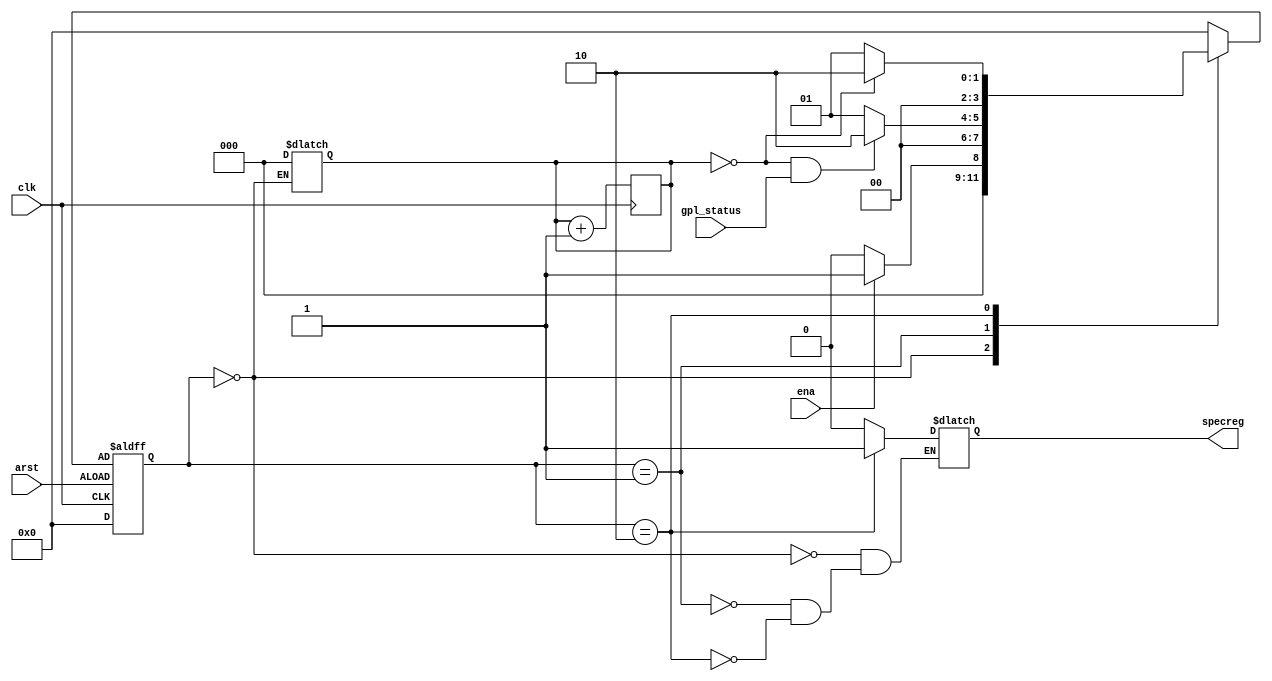
/////////////////////////////////////////////////////////////////
// Name File          : fsm_gpl_status.v                       //
// Autor              : Maksim                                 //
// Company            :                                        //
// Description        : FSM for test_fx3 project               //
// Start design       : 23.08.19                               //
// Last revision      : 23.08.19                               //
/////////////////////////////////////////////////////////////////
    
`timescale 1ns / 100 ps

module fsm_gpl_status (                        
  input wire clk,                                                           // clock 40 MHz      
  input wire arst,                                                          // asynchronous reset
  input wire ena,                                                           // enable signal
  input wire gpl_status,                                                    // input GPL status signal

  output reg specreg                                                        // special register for check connection cable ("1"-pass, "0"-fail) 
  );

//***************************************************************************
// Parameter definitions
//***************************************************************************                    
  localparam [3:0] IDLE_S=4'd0, COMPARE_S=4'd1, WRITE_S=4'd2;                      // symbolic state declaration

//***************************************************************************
// Reg declarations
//***************************************************************************
  reg [3:0] state_reg, state_next;                                                 // signal declaration FSM

  reg [2:0] counter;                                                               // [11:0] for devide 40 MHz into 4095 times (for Relise)
                                                                                   // [2:0]                                    (for Debug)         
//***************************************************************************
// Wire declarations
//***************************************************************************

//***************************************************************************
// Code
//***************************************************************************                                                                                  
  always @(negedge clk or negedge arst)                                           // FSM code starts here
    begin 
      if (arst)
        begin
          state_reg  <= IDLE_S;                                                   // realisation transition in state IDLE                                                      
	end
      else
        begin 
          state_reg <= state_next;                                                // state register
	end
    end // always
        
  always @(state_reg or ena or gpl_status or counter)                             // next-state logic and output logic
    begin
       state_next <= state_reg; 

      case (state_reg)
    IDLE_S: begin                                                                 // default state  
	      counter <= 3'd0;                                                    // reset counter
	      specreg <= 1'd0;

              if (ena)
	        state_next <= COMPARE_S;
	      else 
	        state_next <= IDLE_S;
	    end

 COMPARE_S: begin
              specreg <= 1'd0;

              if ((counter == 3'd0) && gpl_status )
	        state_next <= WRITE_S;
	      else 
	        state_next <= COMPARE_S;
	     end

   WRITE_S: begin                                              
              specreg <= 1'd1;

              if (!(counter == 3'd0))
	        state_next <= COMPARE_S;
	      else 
	        state_next <= WRITE_S;	        
	    end
	    
   default: begin 
	      state_next <= IDLE_S;
	    end
      endcase     
    end // always                           
                                                                               // FSM code end here

  always @(negedge clk)                                                        // counter
    begin
      counter <= counter + 3'd1;	
    end

endmodule